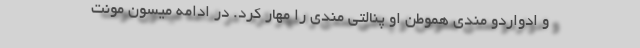
و ادواردو مندی هموطن او پنالتی مندی را مهار کرد. در ادامه میسون مونت